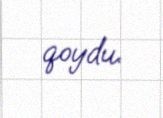
qoydu.